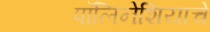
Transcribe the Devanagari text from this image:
पॉलिनेशियाचे